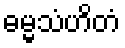
ဓမ္မသံဟိတံ